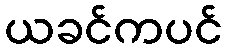
ယခင်ကပင်